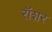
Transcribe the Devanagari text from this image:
रॉशर